Scottish Leaving Certificate Examination, 1957
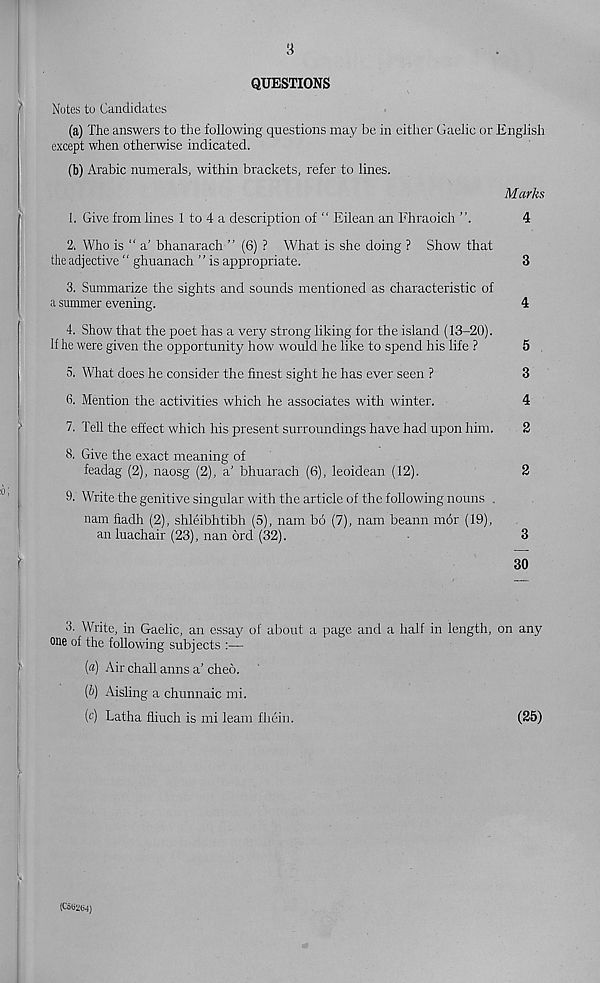
3
QUESTIONS
Notes to Candidates
(a) The answers to the following questions may be in either Gaelic or English
except when otherwise indicated.
(b) Arabic numerals, within brackets, refer to lines.
Marks
1. Give from lines 1 to 4 a description of “ Eilean an Fhraoich ”.
4
2. Who is “a’ bhanarach ” (6) ? What is she doing ? Show that
the adjective “ ghuanach ’ ’ is appropriate.
3
3. Summarize the sights and sounds mentioned as characteristic of
a summer evening.
4
4. Show that the poet has a very strong liking for the island (13-20).
If he were given the opportunity how would he like to spend his life ?
5
5. What does he consider the finest sight he has ever seen ?
3
6. Mention the activities which he associates with winter.
4
7. Tell the effect which his present surroundings have had upon him.
2
3. Give the exact meaning of
feadag (2), naosg (2), a’ bhuarach (6), leoidean (12).
2
9. Write the genitive singular with the article of the following nouns .
nam fiadh (2), shleibhtibh (5), nam bo (7), nam beann mor (19),
an luachair (23), nan ord (32).
3
30
3. Write, in Gaelic, an essay of about a page and a half in length, on any
one of the following subjects :—
(«) Air chall aims a' cheo.
{b) Aisling a chunnaic mi.
(c) Latha fliuch is mi leam fhein.
(25)